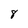
Character: 8